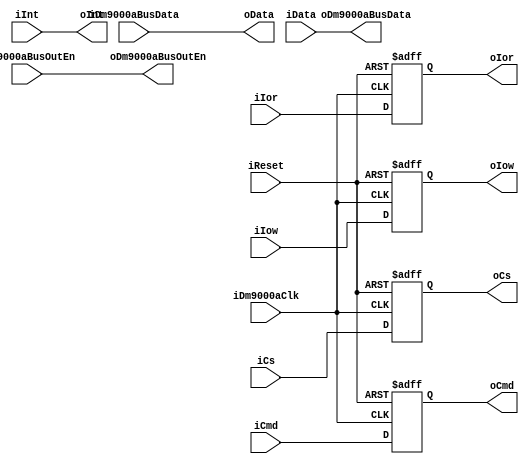
/*---------------------------------------------------------------------------*/
module DM9000A_IO                   // Dm9000A  IO 
(  
  input iDm9000aClk,                 
  input iReset,
  input [15:0] iDm9000aBusData,  // input from data bus
  input iDm9000aBusOutEn,        //input from data bus out enble
  input [15:0] iData,            // input from module 
  input iCs,                     //control pin
  input iCmd,                    //control pin
  input iIor,                    //control pin
  input iIow,                    //control pin
  input iInt,                    //control pin
  output [15:0] oDm9000aBusData, // out to data bus 
  output oDm9000aBusOutEn,       //output data bus out enable
  output [15:0]oData,            // out to module 
  output reg oCs,                //control pin
  output reg oCmd,               //control pin
  output reg oIor,               //control pin
  output reg oIow,               //control pin
  output  oInt                   //control pin
);

/*---------------------------------------------------------------------------*/
assign oData = iDm9000aBusData; 
assign oDm9000aBusData = iData;  
assign oDm9000aBusOutEn  = iDm9000aBusOutEn; 
/*-----------------------------------------------------*/
/*always @ (negedge iDm9000aClk or negedge iReset)      //
begin
  if(!iReset)
	  oCs  <= 1'b1; 
	else
		oCs  <= iCs; 
end
always @ (negedge iDm9000aClk or negedge iReset)
begin
  if(!iReset)
	  oCmd <= 1'b1; 
  else
		oCmd <= iCmd; 
end
always @ (negedge iDm9000aClk or negedge iReset)
begin
  if(!iReset)
		oIor <= 1'b1; 
   else
		oIor <= iIor;
end
always @ (negedge iDm9000aClk or negedge iReset)
begin
  if(!iReset)
		oIow <= 1'b1; 
  else
		oIow <= iIow; 
end
*/
always @ (negedge iDm9000aClk , negedge iReset)begin//Modified by wyu 20151211
  if(!iReset)begin
    oCs <= 1'b1;
    oCmd <= 1'b1;
    oIor <= 1'b1;
    oIow <= 1'b1;
  end
  else begin
    oCs <= iCs;
    oCmd <= iCmd;
    oIor <= iIor;
    oIow <= iIow;
  end
end
 /*-----------------------------------------------------*/
 /* always @ (negedge iDm9000aClk or negedge iReset)
 begin
      if(!iReset)  
		oInt <= 1'b0; 
      else 
		oInt <= iInt;  //modified 20140806  
 end
 */
assign oInt = iInt; //int
 /*-----------------------------------------------------*/
endmodule 
/*------------------------------------------------------*/